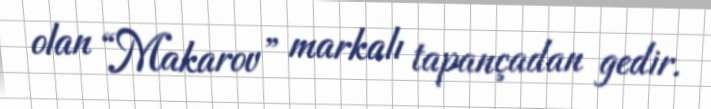
olan “Makarov” markalı tapançadan gedir.